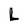
Character: L